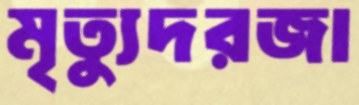
মৃত্যুদরজা